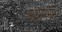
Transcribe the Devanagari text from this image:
आश्रमभ्रम्र